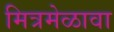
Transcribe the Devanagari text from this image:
मित्रमेळावा